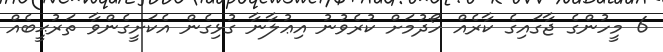
6 މީހުންގެ ޖާގައިގެ ކާރެއް ހޯދުމަށް ކުރެވުނު އިޢުލާނާ ގުޅިގެން އެކަށީގެންވާ ތަރުޙީބެއް